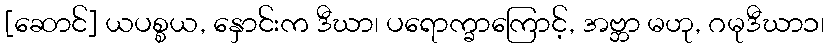
[ဆောင်] ယပစ္စယ, နှောင်းက ဒီဃာ၊ ပရောက္ခာကြောင့်, အဗ္ဘာ မဟု, ဂမုဒီဃာ၁၊